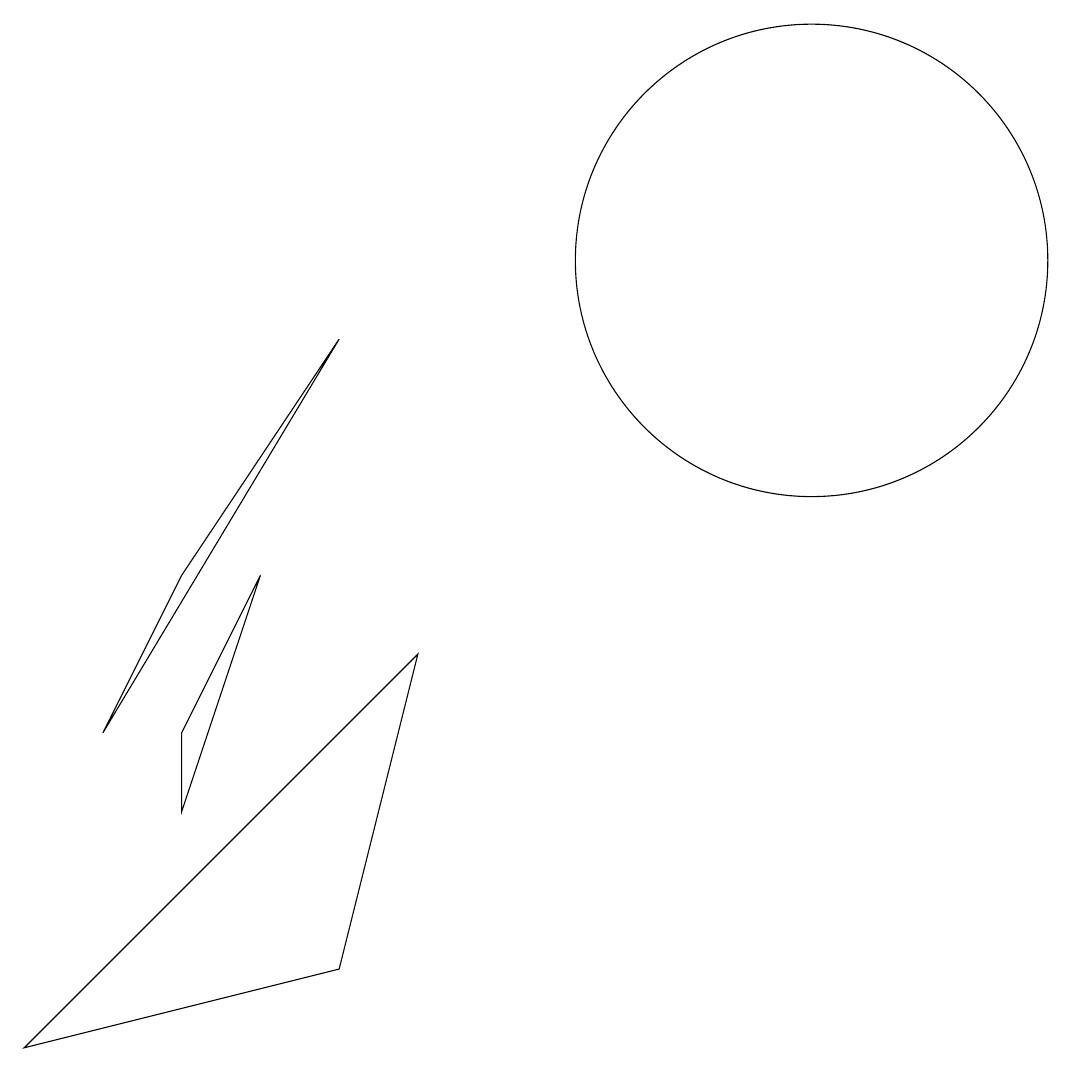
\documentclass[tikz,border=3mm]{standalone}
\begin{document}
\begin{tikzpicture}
\draw (6,5) -- (1,0) -- (5,1) -- cycle;
\draw (3,3) -- (4,6) -- (3,4) -- cycle;
\draw (11,10) circle (0);
\draw (3,6) -- (5,9) -- (2,4) -- cycle;
\draw (11,10) circle (3);
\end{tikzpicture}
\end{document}